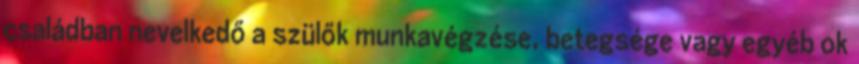
családban nevelkedő a szülők munkavégzése, betegsége vagy egyéb ok